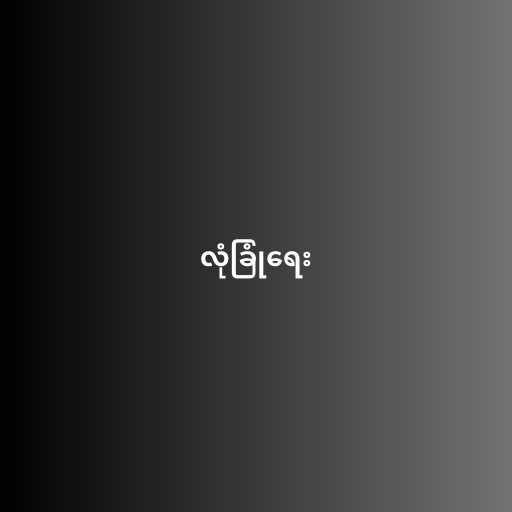
လုံခြုံရေး